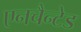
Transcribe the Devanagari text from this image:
एनचैन्टेड